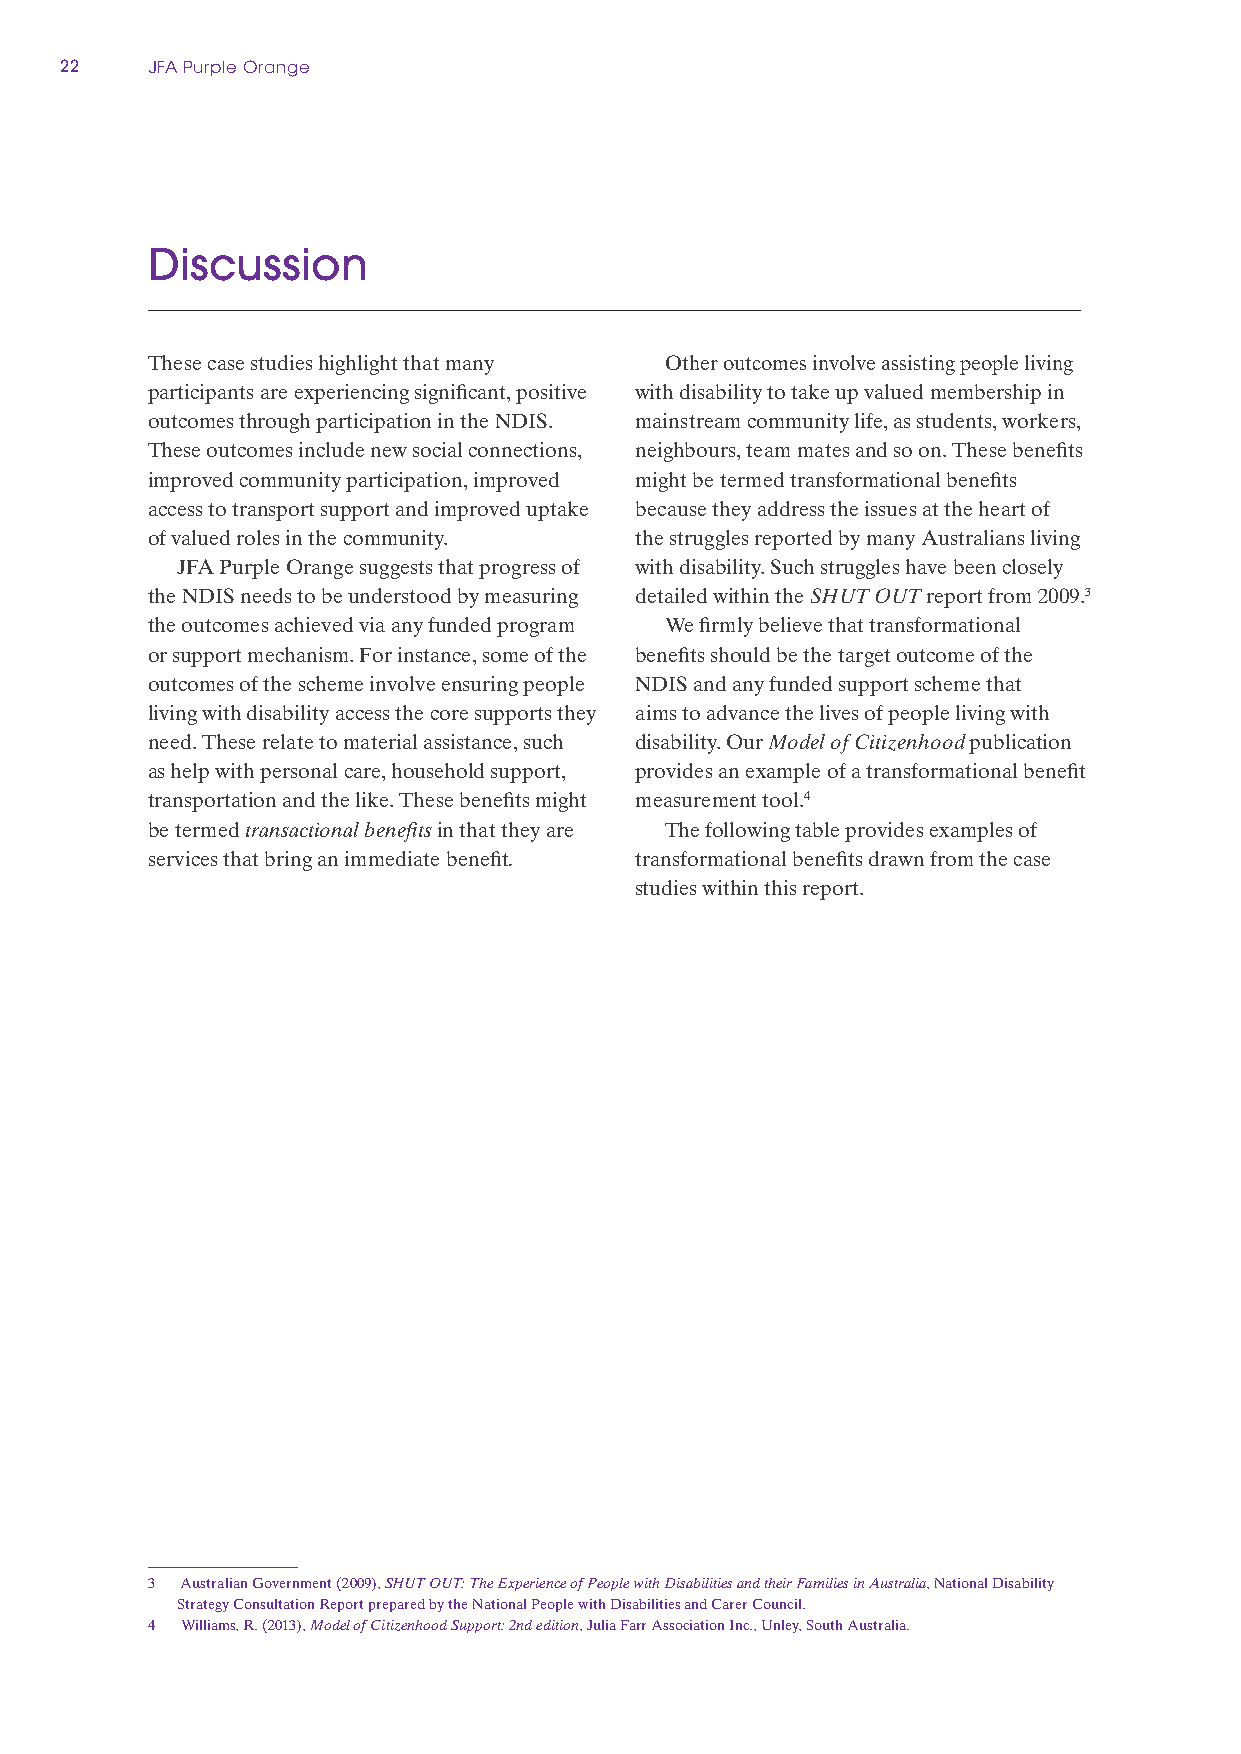
22    JFA Purple Orange
 Discussion
 These case studies highlight that many Other outcomes involve assisting people living
 participants are experiencing significant, positive with disability to take up valued membership in
 outcomes through participation in the NDIS. mainstream community life, as students, workers,
 These outcomes include new social connections, neighbours, team mates and so on. These benefits
 improved community participation, improved might be termed transformational benefits
 access to transport support and improved uptake because they address the issues at the heart of
 of valued roles in the community. the struggles reported by many Australians living
 JFA Purple Orange suggests that progress of with disability. Such struggles have been closely
 the NDIS needs to be understood by measuring detailed within the SHUT OUT report from 2009.3
 the outcomes achieved via any funded program We firmly believe that transformational
 or support mechanism. For instance, some of the benefits should be the target outcome of the
 outcomes of the scheme involve ensuring people NDIS and any funded support scheme that
 living with disability access the core supports they aims to advance the lives of people living with
 need. These relate to material assistance, such disability. Our Model of Citizenhood publication
 as help with personal care, household support, provides an example of a transformational benefit
 transportation and the like. These benefits might measurement tool.4
 be termed transactional benefits in that they are The following table provides examples of
 services that bring an immediate benefit. transformational benefits drawn from the case
 studies within this report.
 3 Australian Government (2009), SHUT OUT: The Experience of People with Disabilities and their Families in Australia, National Disability
 Strategy Consultation Report prepared by the National People with Disabilities and Carer Council.
 4 Williams, R. (2013), Model of Citizenhood Support: 2nd edition, Julia Farr Association Inc., Unley, South Australia.